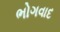
ભોગવાદ